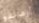
أرماندو